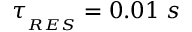
\tau _ { _ { R E S } } = 0 . 0 1 \; s